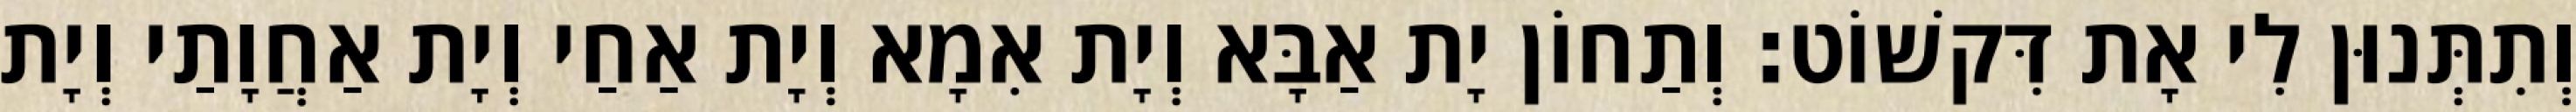
וְתִתְּנוּן לִי אָת דִּקשׁוֹט׃ וְתַחוֹן יָת אַבָּא וְיָת אִמָא וְיָת אַחַי וְיָת אַחֲוָתַי וְיָת